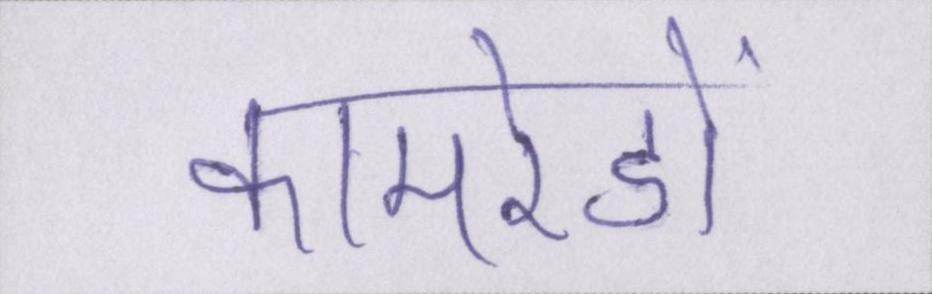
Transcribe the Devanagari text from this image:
कामरेडों